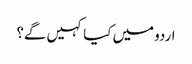
اردو میں کیا کہیں گے؟